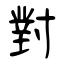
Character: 對